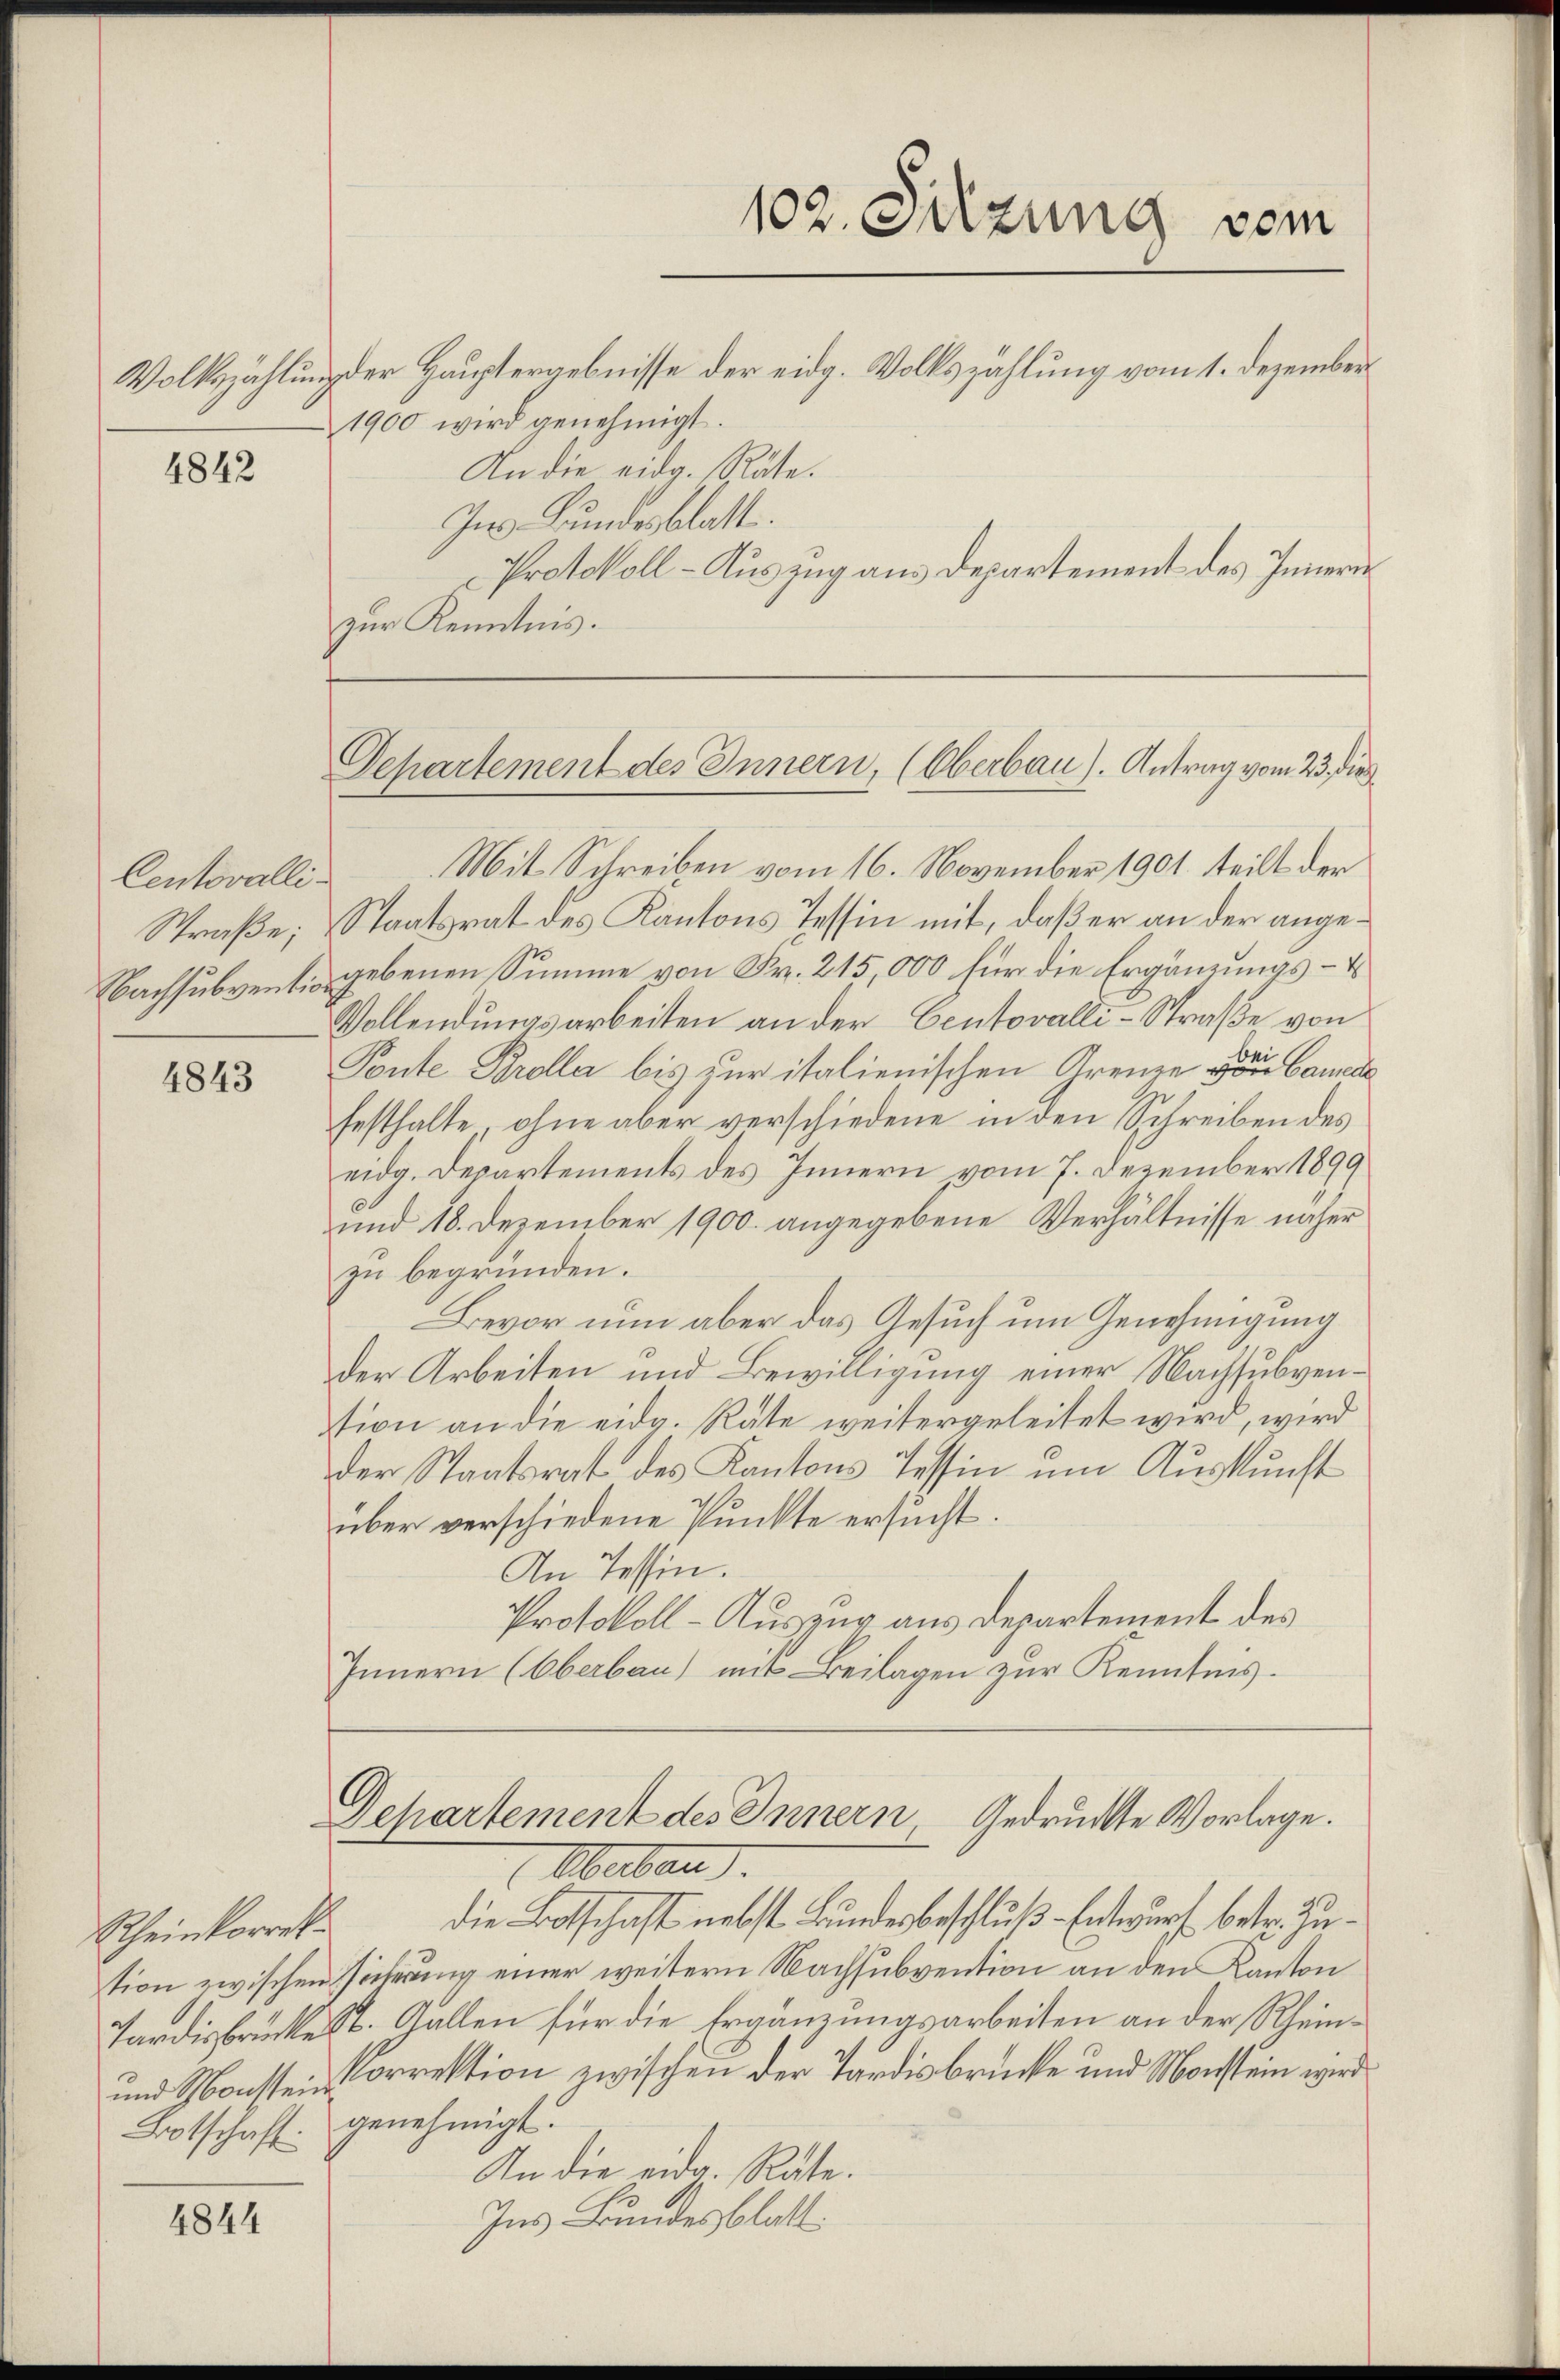
4842

Centovalli¬
Straße;

4843

Rheinkorrek

4844

Mit Schreiben vom 16. November 1901 teilt der
Staatsrat des Kantons Tessin mit, daß er an der ange¬
Bachsubventis gebenen Summe von Fr. 215,000 für die Ergänzungs- u
Vollendungsarbeiten an der Centovalli-Straße von
Ponte Brolla bis zur italienischen Grenze von Camera
festhalte, ohne aber verschiedene in den Schreiben des
eidg. Departements des Innern vom 7. Dezember 1899
und 18. Dezember 1900. angegebene Verhältnisse näher
zu begründen.
Bevor nun aber das Gesuch um Genehmigung
der Arbeiten und Bewilligung einer Nachsubvention an die eidg. Rate weitergeleitet wird, wird
der Staatsrat des Kantons Tessin um Auskunft
über verschiedene Punkte ersucht.
An Tessin.
Protokoll-Auszug aus Departement des
Innern (Oberbau) mit Beilagen zur Kenntnis.

1900 wird genehmigt.
An die eidg. Räte.
Ins Bundesblatt.
Protokoll - Auszug aus Departement des Innern
zur Kenntnis.

102. Sitzung vom
Volkszählung der Hauptergebnisse der eidg. Volkszählung vom 1. Dezember

Departement des Innern, (Oberbau). Antrag vom 23. die

Departement des Innern Gedruckte Vorlage.

Oberban
die Botschaft nebst Bundesbeschluß-Entwurf betr. Zution zwischen Hirterung einer weitern Nachsubvention an den Kanton
Tardisbrückelt. Gallen für die Ergänzungsarbeiten an der Rhein¬
und Monssten Correktion zwischen der Tardisbrücke und Monstein wird
Botschaft genehmigt.
In die eidg. Räte.
Ins Bundesblatt.